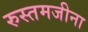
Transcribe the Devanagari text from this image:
रुस्तमजीना